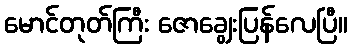
မောင်တုတ်ကြီး ဇောချွေးပြန်လေပြီ။